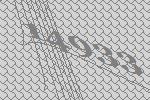
14933